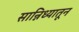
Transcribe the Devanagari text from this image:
सान्निध्यातून